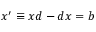
x ^ { \prime } \equiv x d - d x = b